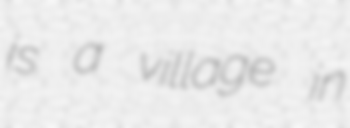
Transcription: is a village in